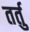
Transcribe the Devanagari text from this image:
तर्तु